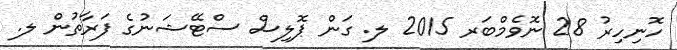
ހޮނިހިރު 28 ނޮވެމްބަރ 2015 ލ. ގަން ޕޮލިސް ސްޓޭޝަނުގެ ފަރާތުން ލ.